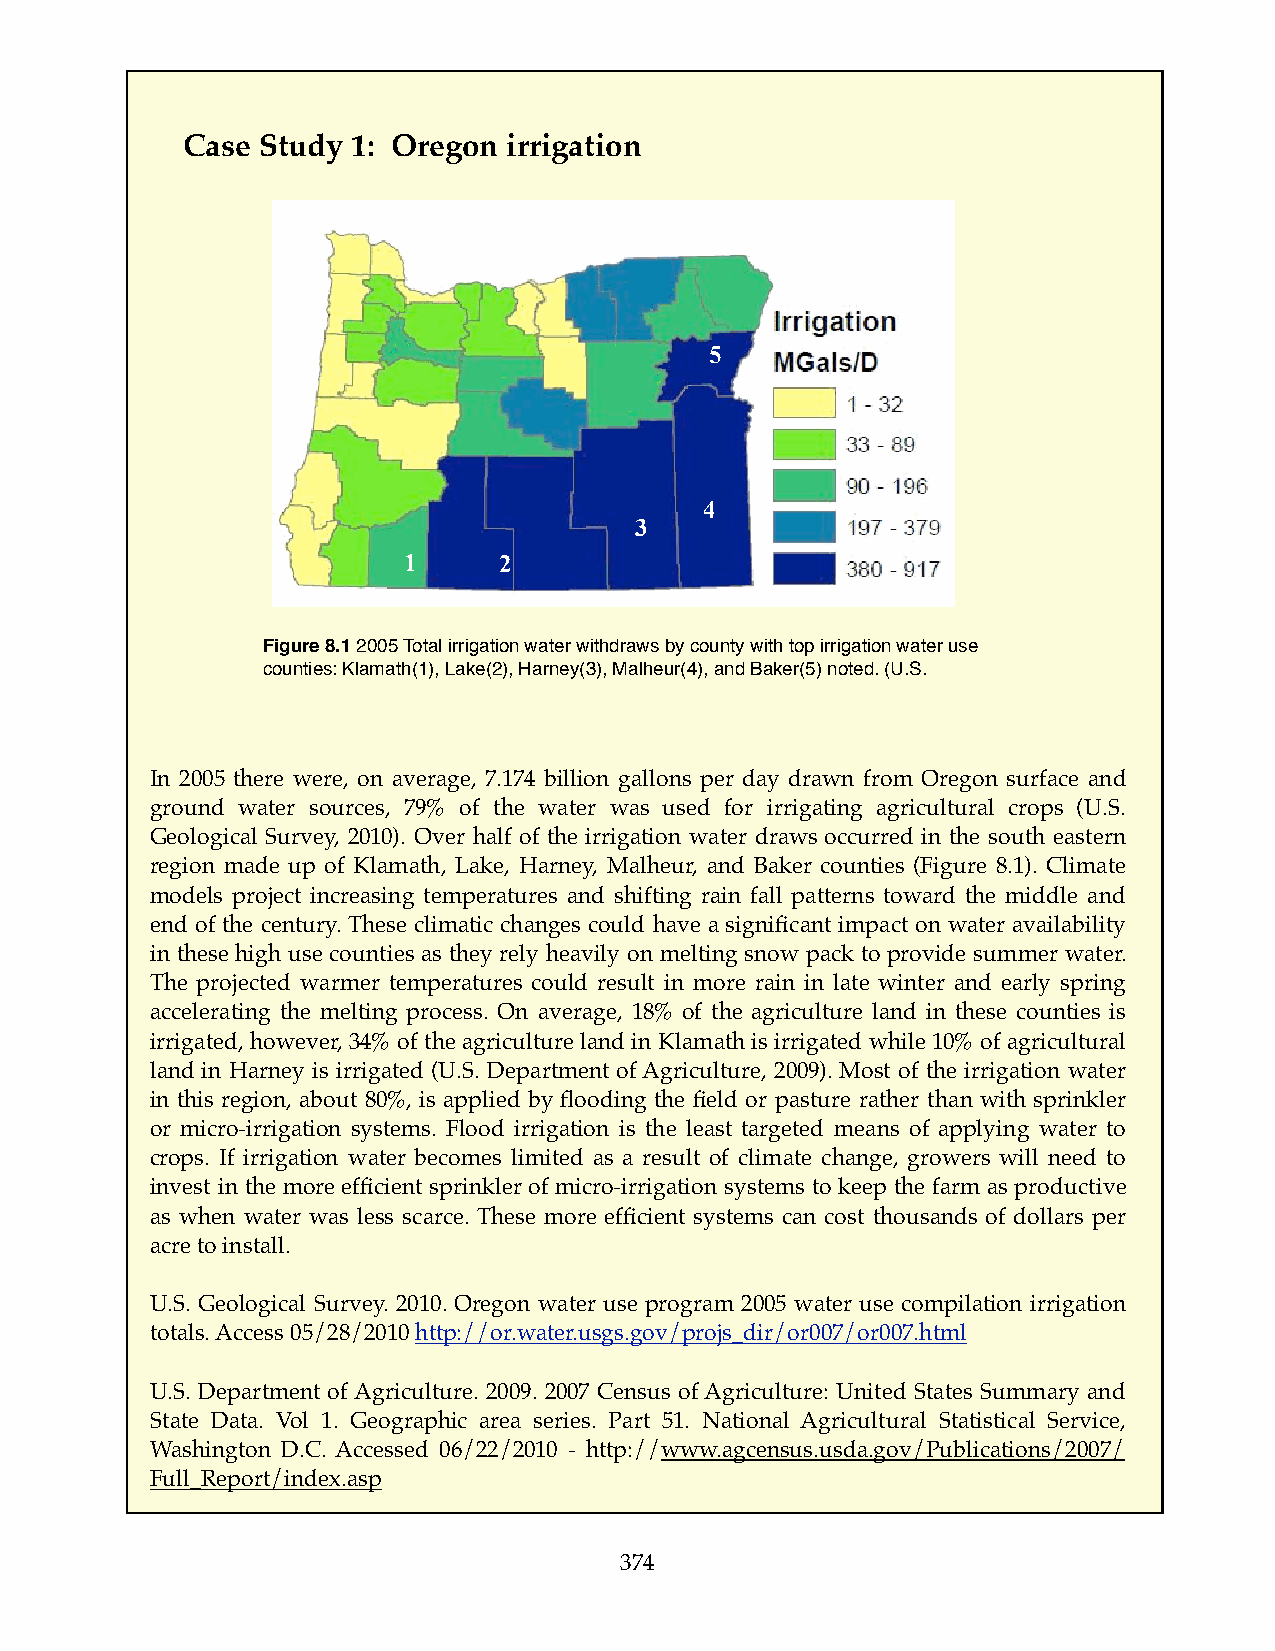
Case Study 1: Oregon  irrigation
 5
 4
 3
 1     2
 Figure 8.1 2005 Total irrigation water withdraws by county with top irrigation water use
 counties: Klamath(1), Lake(2), Harney(3), Malheur(4), and Baker(5) noted. (U.S.
 In 2005 there were, on average, 7.174 billion gallons per day drawn from Oregon surface and
 ground water sources, 79% of the water was used for irrigating agricultural crops (U.S.
 Geological Survey, 2010). Over half of the irrigation water draws occurred in the south eastern
 region made up of Klamath, Lake, Harney, Malheur, and Baker counties (Figure 8.1). Climate
 models project increasing temperatures and shifting rain fall patterns toward the middle and
 end of the century. These climatic changes could have a significant impact on water availability
 in these high use counties as they rely heavily on melting snow pack to provide summer water.
 The projected warmer temperatures could result in more rain in late winter and early spring
 accelerating the melting process. On average, 18% of the agriculture land in these counties is
 irrigated, however, 34% of the agriculture land in Klamath is irrigated while 10% of agricultural
 land in Harney is irrigated (U.S. Department of Agriculture, 2009). Most of the irrigation water
 in this region, about 80%, is applied by flooding the field or pasture rather than with sprinkler
 or micro-irrigation systems. Flood irrigation is the least targeted means of applying water to
 crops. If irrigation water becomes limited as a result of climate change, growers will need to
 invest in the more efficient sprinkler of micro-irrigation systems to keep the farm as productive
 as when water was less scarce. These more efficient systems can cost thousands of dollars per
 acre to install.
 U.S. Geological Survey. 2010. Oregon water use program 2005 water use compilation irrigation
 totals. Access 05/28/2010 http://or.water.usgs.gov/projs_dir/or007/or007.html
 U.S. Department of Agriculture. 2009. 2007 Census of Agriculture: United States Summary and
 State Data. Vol 1. Geographic area series. Part 51. National Agricultural Statistical Service,
 Washington D.C. Accessed 06/22/2010 - http://www.agcensus.usda.gov/Publications/2007/
 Full_Report/index.asp
 374